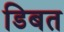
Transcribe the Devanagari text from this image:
डिबत